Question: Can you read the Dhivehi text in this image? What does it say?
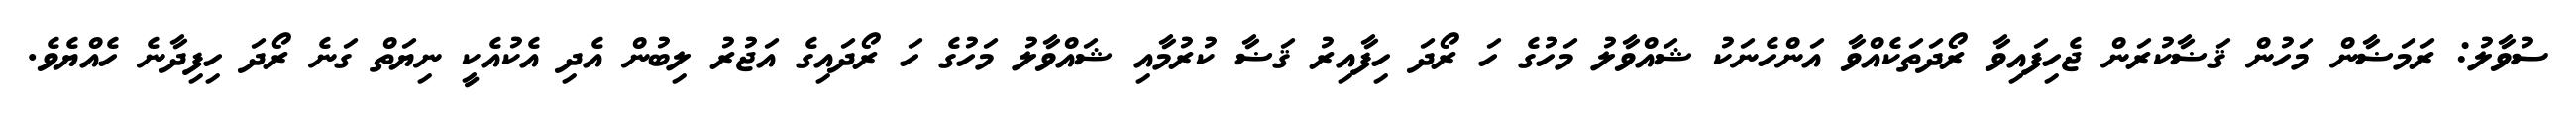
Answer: ސުވާލު: ރަމަޟާން މަހުން ޤަޟާކުރަން ޖެހިފައިވާ ރޯދަތަކެއްވާ އަންހެނަކު ޝައްވާލު މަހުގެ ހަ ރޯދަ ހިފާއިރު ޤަޟާ ކުރުމާއި ޝައްވާލު މަހުގެ ހަ ރޯދައިގެ އަޖުރު ލިބުން އެދި އެކުއެކީ ނިޔަތް ގަނެ ރޯދަ ހިފިދާނެ ހެއްޔެވެ.